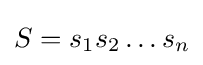
S=s_{1}s_{2}\dots s_{n}